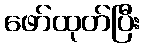
ဖော်ထုတ်ပြီး